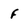
Character: F